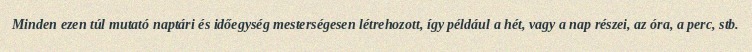
Minden ezen túl mutató naptári és időegység mesterségesen létrehozott, így például a hét, vagy a nap részei, az óra, a perc, stb.